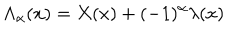
{ \Lambda } _ { \alpha } ( x ) = X ( x ) + ( - 1 ) ^ { \alpha } { \lambda } ( x )